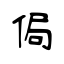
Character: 侷